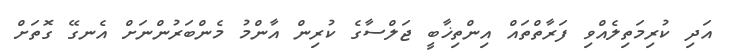
އަދި ކުރިމަތިލެއްވި ފަރާތްތައް އިންތިޚާބީ ޖަލްސާގެ ކުރިން އާންމު މެންބަރުންނަށް އެނގޭ ގޮތަށް